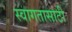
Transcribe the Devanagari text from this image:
स्वागतासाठीं